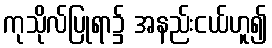
ကုသိုလ်ပြုရာ၌ အနည်းငယ်ဟူ၍